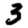
Digit: 3